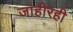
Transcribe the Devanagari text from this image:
जाहीरही